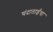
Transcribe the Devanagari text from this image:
चंदाताईंचा